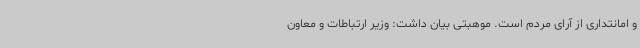
و امانتداری از آرای مردم است. موهبتی بیان داشت: وزیر ارتباطات و معاون